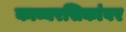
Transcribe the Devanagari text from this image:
काव्यरसिकांवर